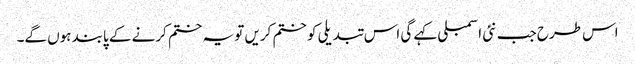
اس طرح جب نئی اسمبلی کہے گی اس تبدیلی کو ختم کریں تو یہ ختم کرنے کے پابند ہوں گے۔